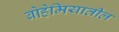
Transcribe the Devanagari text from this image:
बोहेमियातील